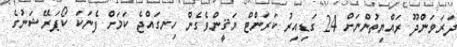
ދަރަވަންދޫ ރައްޔިތުންނަށް 24 ގަޑިއިރު ކަރަންޓް ޔަޤީންވެގެން ހިނގައްޖެ ކަމަށް ފެނަކަ ކޯޕަރޭޝަނުގެ